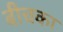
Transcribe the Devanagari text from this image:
बीचका